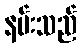
နမ်းသည်